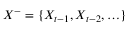
X ^ { - } = \{ X _ { t - 1 } , X _ { t - 2 } , \ldots \}